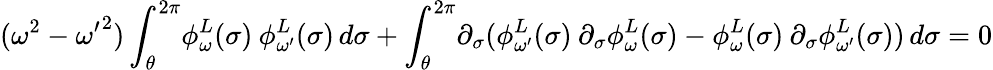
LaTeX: (\omega^{2}-{\omega^{\prime}}^{2})\int_{\theta}^{2\pi}\! \phi_{\omega}^{L}(\sigma)\: \phi_{\omega^{\prime}}^{L}(\sigma)\, d\sigma+\int_{\theta}^{2\pi}\! \partial_{\sigma}(\phi_{\omega^{\prime}}^{L}(\sigma)\: \partial_{\sigma}\phi_{\omega}^{L}(\sigma)-\phi_{\omega}^{L}(\sigma)\: \partial_{\sigma}\phi_{\omega^{\prime}}^{L}(\sigma))\, d\sigma=0